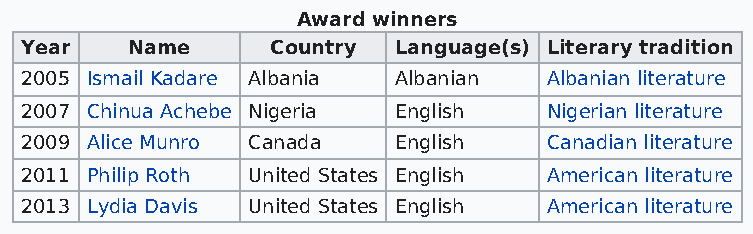
Award winners
 Year   Name      Country Language(s) Literary tradition
 2005 Ismail Kadare Albania Albanian Albanian literature
 2007 Chinua Achebe Nigeria English Nigerian literature
 2009 Alice Munro Canada  English   Canadian literature
 2011 Philip Roth United States English American literature
 2013 Lydia Davis United States English American literature